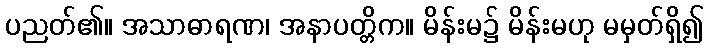
ပညတ်၏။ အသာဓာရဏ၊ အနာပတ္တိက။ မိန်းမ၌ မိန်းမဟု မမှတ်ရှိ၍